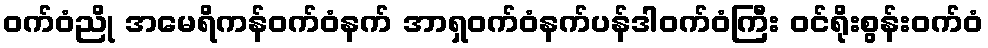
ဝက်ဝံညို အမေရိကန်ဝက်ဝံနက် အာရှဝက်ဝံနက်ပန်ဒါဝက်ဝံကြီး ဝင်ရိုးစွန်းဝက်ဝံ